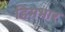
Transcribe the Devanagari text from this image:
हिमभार